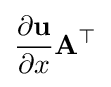
{\frac {\partial \mathbf {u} }{\partial x}}\mathbf {A} ^{\top }